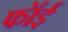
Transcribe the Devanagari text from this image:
फॉई